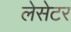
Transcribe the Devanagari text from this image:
लेसेटर